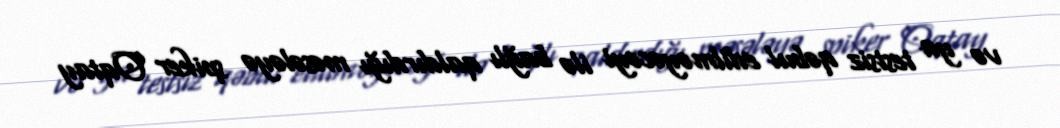
və ya testsiz qəbul edilməyəcəyi ilə bağlı qaldırdığı məsələyə spiker Oqtay